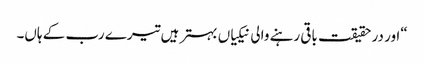
“اور در حقیقت باقی رہنے والی نیکیاں بہتر ہیں تیرے رب کے ہاں۔